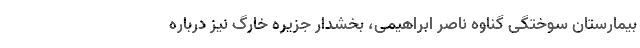
بیمارستان سوختگی گناوه ناصر ابراهیمی، بخشدار جزیره خارگ نیز درباره